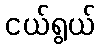
ငယ်ရွယ်